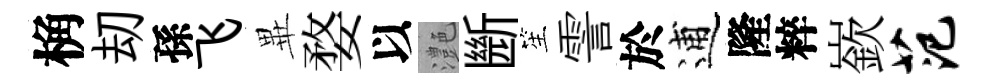
桷刧孫飞𭺾婺以灔㫁笙霅於逋隆粹嶔范